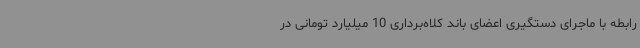
رابطه با ماجرای دستگیری اعضای باند کلاه‌برداری 10 میلیارد تومانی در